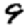
Digit: 9